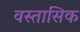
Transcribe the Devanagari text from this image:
वस्तासिक